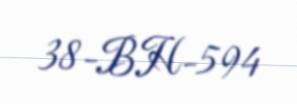
38-BH-594